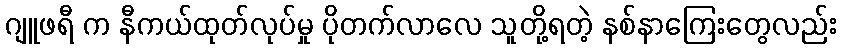
ဂျူဖရီ က နီကယ်ထုတ်လုပ်မှု ပိုတက်လာလေ သူတို့ရတဲ့ နစ်နာကြေးတွေလည်း